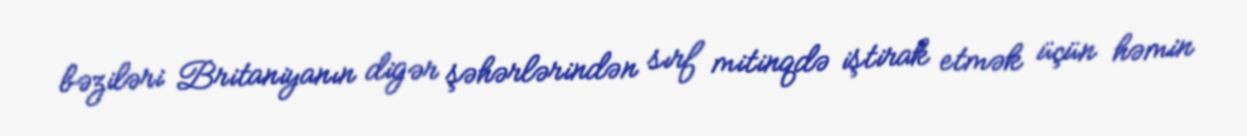
bəziləri Britaniyanın digər şəhərlərindən sırf mitinqdə iştirak etmək üçün həmin